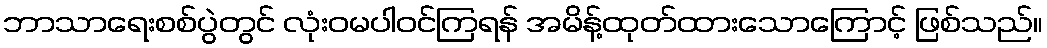
ဘာသာရေးစစ်ပွဲတွင် လုံးဝမပါဝင်ကြရန် အမိန့်ထုတ်ထားသောကြောင့် ဖြစ်သည်။